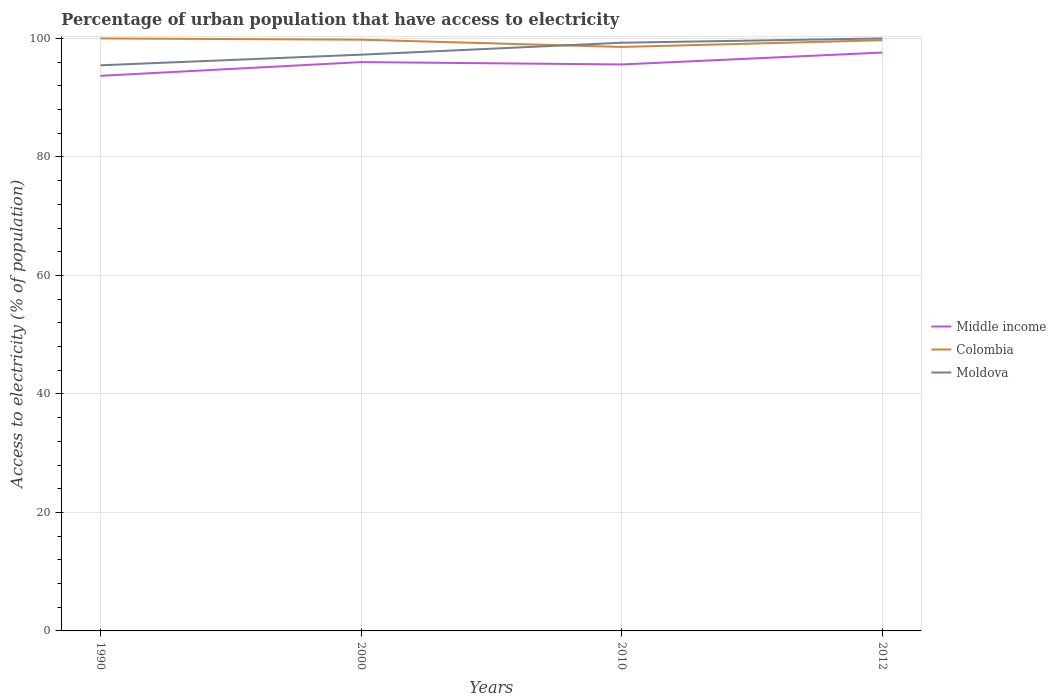
| Years | Middle income | Colombia | Moldova |
 | --- | --- | --- | --- |
 | 1990 | 93.7 | 100 | 95.5 |
 | 2000 | 96 | 99.8 | 97.3 |
 | 2010 | 95.6 | 98.6 | 99.3 |
 | 2012 | 97.6 | 99.7 | 100 |